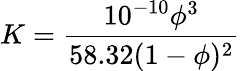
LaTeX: K=\frac{10^{-10}\phi^{3}}{58.32(1-\phi)^{2}}